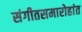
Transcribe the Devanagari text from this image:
संगीतसमारोहांत